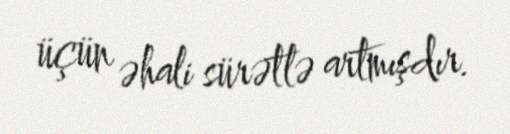
üçün əhali sürətlə artmışdır.